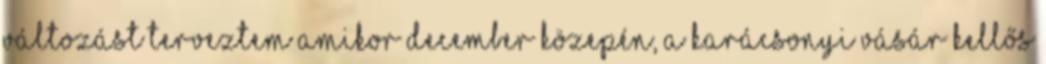
változást terveztem amikor december közepén, a karácsonyi vásár kellős